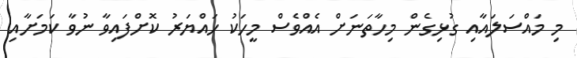
މި މައްސަލައާއި ގުޅިގެން މިހާތަނަށް އެއްވެސް މީހަކު ހައްޔަރު ކޮށްފައިވާ ނުވާ ކަމަށާއި